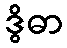
ဒွိဓာ